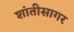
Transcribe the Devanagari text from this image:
शांतीसागर